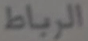
الرباط